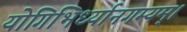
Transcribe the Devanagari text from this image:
योगिभिर्ध्यानगम्यम्।